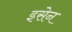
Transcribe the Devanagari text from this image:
इसेन